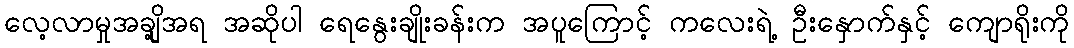
လေ့လာမှုအချို့အရ အဆိုပါ ရေနွေးချိုးခန်းက အပူကြောင့် ကလေးရဲ့ ဦးနှောက်နှင့် ကျောရိုးကို